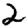
Digit: 2